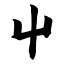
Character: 屮